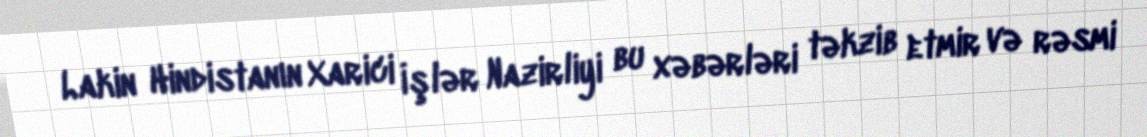
Lakin Hindistanın Xarici İşlər Nazirliyi bu xəbərləri təkzib etmir və rəsmi